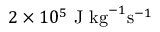
2 \times 1 0 ^ { 5 } ~ \mathrm { J ~ k g } ^ { - 1 } \mathrm { s } ^ { - 1 }